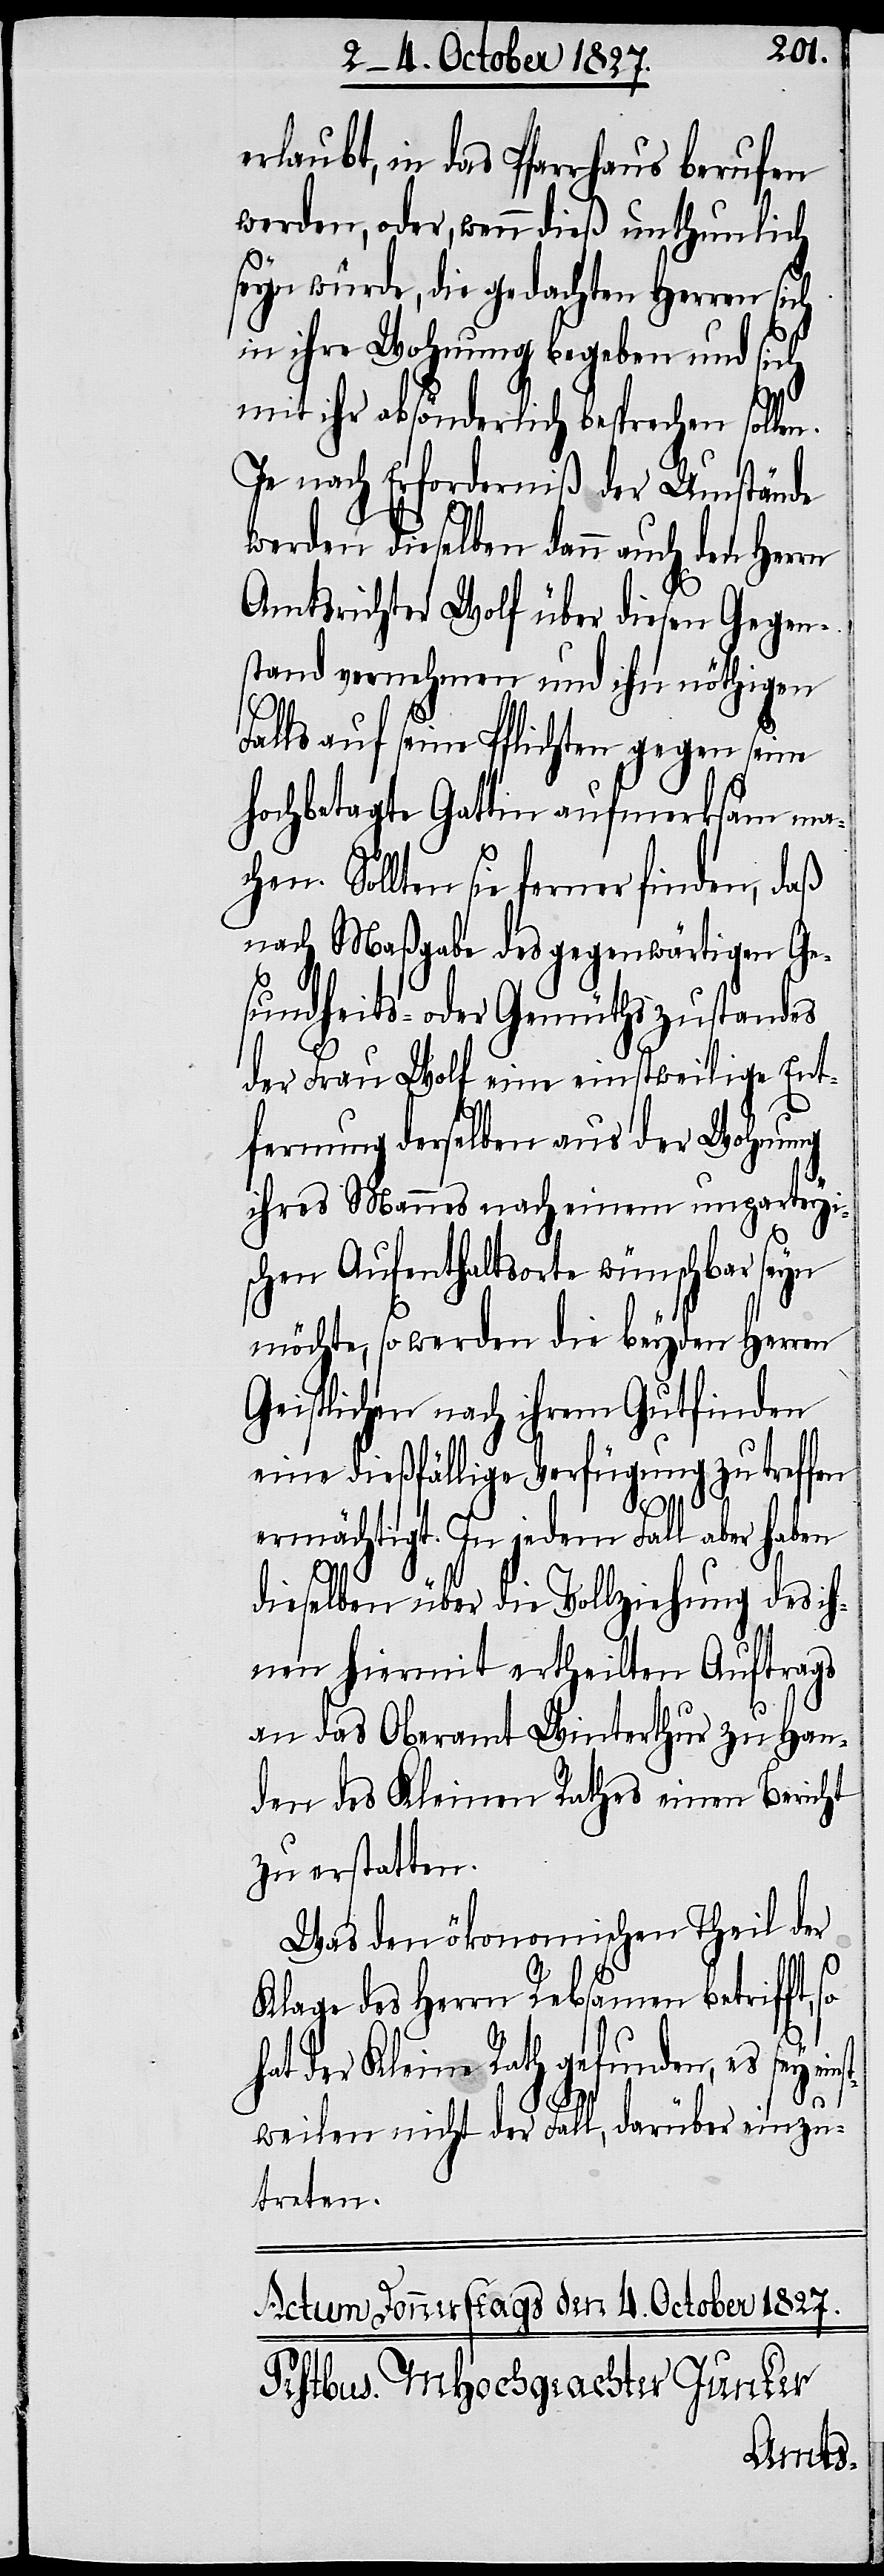
erlaubt, in das Pfarrhaus berufen
werden, oder, wenn dieß unthunlich
seyn würde, die gedachten Herren sich
in ihre Wohnung begeben und sich
mit ihr absönderlich besprechen sollen.
Je nach Erforderniß der Umstände
werden dieselben dann auch den Herrn
Amtsrichter Wolf über diesen Gegen¬
stand vernehmen und ihn nöthigen
Falls auf seine Pflichten gegen seine
hochbetagte Gattin aufmerksam mach¬
en. Sollten sie ferner finden, daß
nach Maßgabe des gegenwärtigen Ge¬
sundheits- oder Gemüthszustandes
der Frau Wolf eine einstweilige Ent¬
fernung derselben aus der Wohnung
ihres Mannes nach einem unpartheyi¬
schen Aufenthaltsorte wünschbar seyn
möchte, so werden die beyden Herren
Geistlichen nach ihrem Gutfinden
eine dießfällige Verfügung zu treffen
ermächtigt. In jedem Fall aber haben
dieselben über die Vollziehung des ih¬
nen hiermit ertheilten Auftrags
an das Oberamt Winterthur zu Han¬
den des Kleinen Rathes einen Bericht
zu erstatten.
Was den ökonomischen Theil der
Klage des Herrn Rebsamen betrifft,
hat der Kleine Rath gefunden, es sey eins¬
tweilen nicht der Fall, darüber einzu¬
treten.